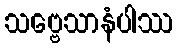
သဗ္ဗေသာနံပါဿ